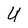
Character: U